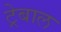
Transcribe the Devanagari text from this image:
ट्रेबाल